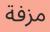
مزفة